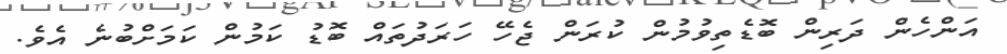
އަންހެން ދަރިން ބޮޑެތިވުމުން ކުރަން ޖެހޭ ހަރަދުތައް ބޮޑު ކަމުން ކަމަށްބުނެ އެވެ.